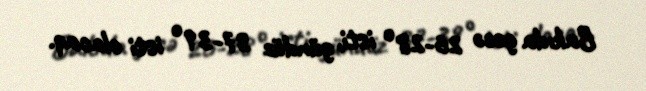
Bakıda gecə 26-28° isti, gündüz 37-39° isti olacaq.